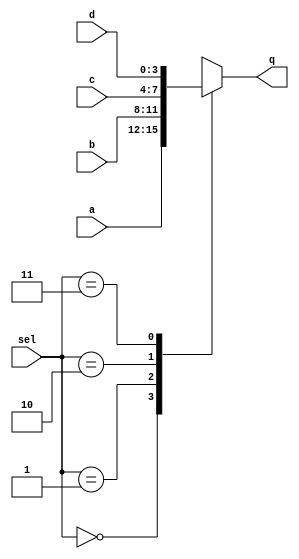
module four_bit_MUL (sel, a, b, c, d, q);
	// ==============in out dec=============//
	input [1:0]sel;
	input [3:0]a;		// 4 bits for inputs and output
	input [3:0]b;
	input [3:0]c;
	input [3:0]d;
	
	output reg [3:0]q;
	
	always @ (sel) begin  
      case (sel)  
         2'b00 : q <= a;  
         2'b01 : q <= b;  
         2'b10 : q <= c;  
         2'b11 : q <= d;  
      endcase  
   end  
endmodule